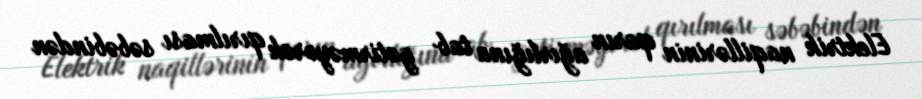
Elektrik naqillərinin qarın ağırlığına tab gətirməyərək qırılması səbəbindən